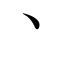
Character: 丶